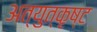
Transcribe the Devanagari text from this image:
अत्युत्‍कृष्ट